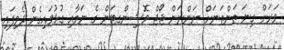
ވަރަށް ގިނަ ތަންތަނަށް ނަންނަން ޖޯޖް ވޮޝިންގޓަން ގެ ނަމާއި ގުޅުވައިގެން ދެވިފައި